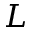
L